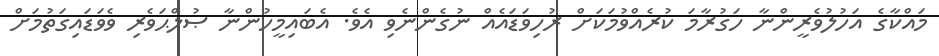
މައްކާގެ އަހުލުވެރީންނާ ހަގުރާމަ ކުރެއްވުމަކަށް ރުހިވަޑައެއް ނުގެންނެވި އެވެ. އެބައިމީހުންނާ ޞުލްޙަވެރި ވެވަޑައިގަތުމަށް